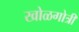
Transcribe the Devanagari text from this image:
खोळगोत्री